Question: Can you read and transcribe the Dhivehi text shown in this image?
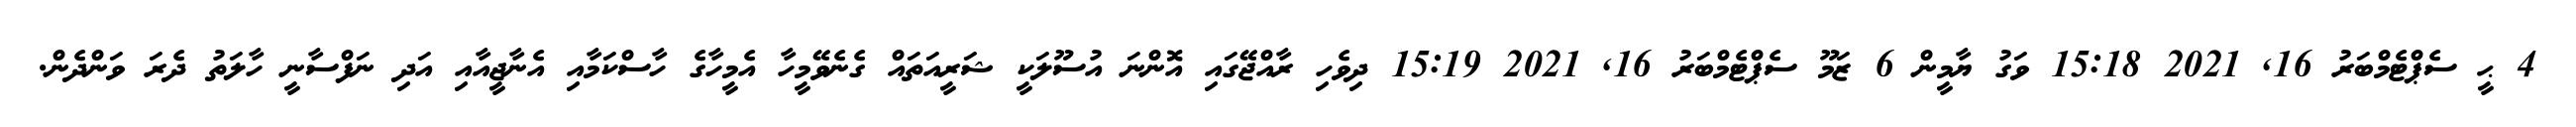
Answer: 4 ޙީ ސެޕްޓެމްބަރު 16, 2021 15:18 ވަގު ޔާމީން 6 ޒަމޫ ސެޕްޓެމްބަރު 16, 2021 15:19 ދިވެހި ރާއްޖޭގައި އޮންނަ އުސޫލަކީ ޝަރީއަތައް ގެނެވޭމީހާ އެމީހާގެ ހާސްކަމާއި އެނާޖީއާއި އަދި ނަފްސާނީ ހާލަތު ދެރަ ވަންދެން.